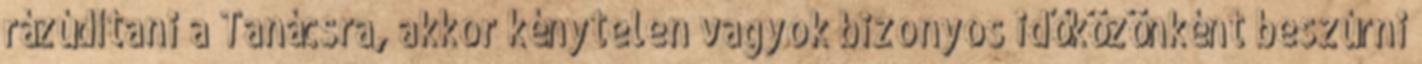
rázúdítani a Tanácsra, akkor kénytelen vagyok bizonyos időközönként beszúrni